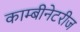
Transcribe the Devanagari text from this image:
काम्बीनेटरीज